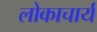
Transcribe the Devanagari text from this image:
लोकाचार्य